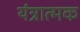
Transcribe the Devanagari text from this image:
यंत्रात्मक